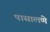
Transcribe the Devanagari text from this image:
पासालणे